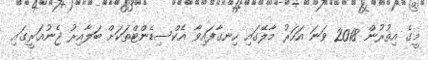
މީގެ އިތުރުން 2018 ވަނަ އަހަރު މާލޭގައި ހިނގާފައިވާ އެކްސިޑެންޓްތަކަށް ބަލާއިރު ޖެނުއަރީގައި